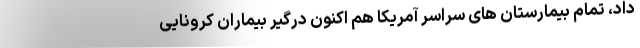
داد، تمام بیمارستان های سراسر آمریکا هم اکنون درگیر بیماران کرونایی